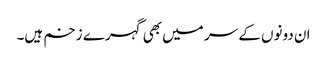
ان دونوں کے سر میں بھی گہرے زخم ہیں۔